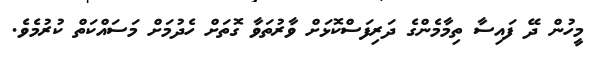
މީހުން ދޭ ފައިސާ ތިމާމެންގެ ދަރިފަސްކޮޅަށް ވާރުތަވާ ގޮތަށް ހެދުމަށް މަސައްކަތް ކުރުމެވެ.